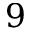
9